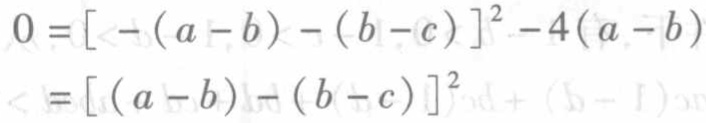
\[

\begin{align*}

0&=[-(a - b)-(b - c)]^{2}-4(a - b)\\

&=[(a - b)-(b - c)]^{2}

\end{align*}

\]